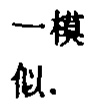
一模
似.